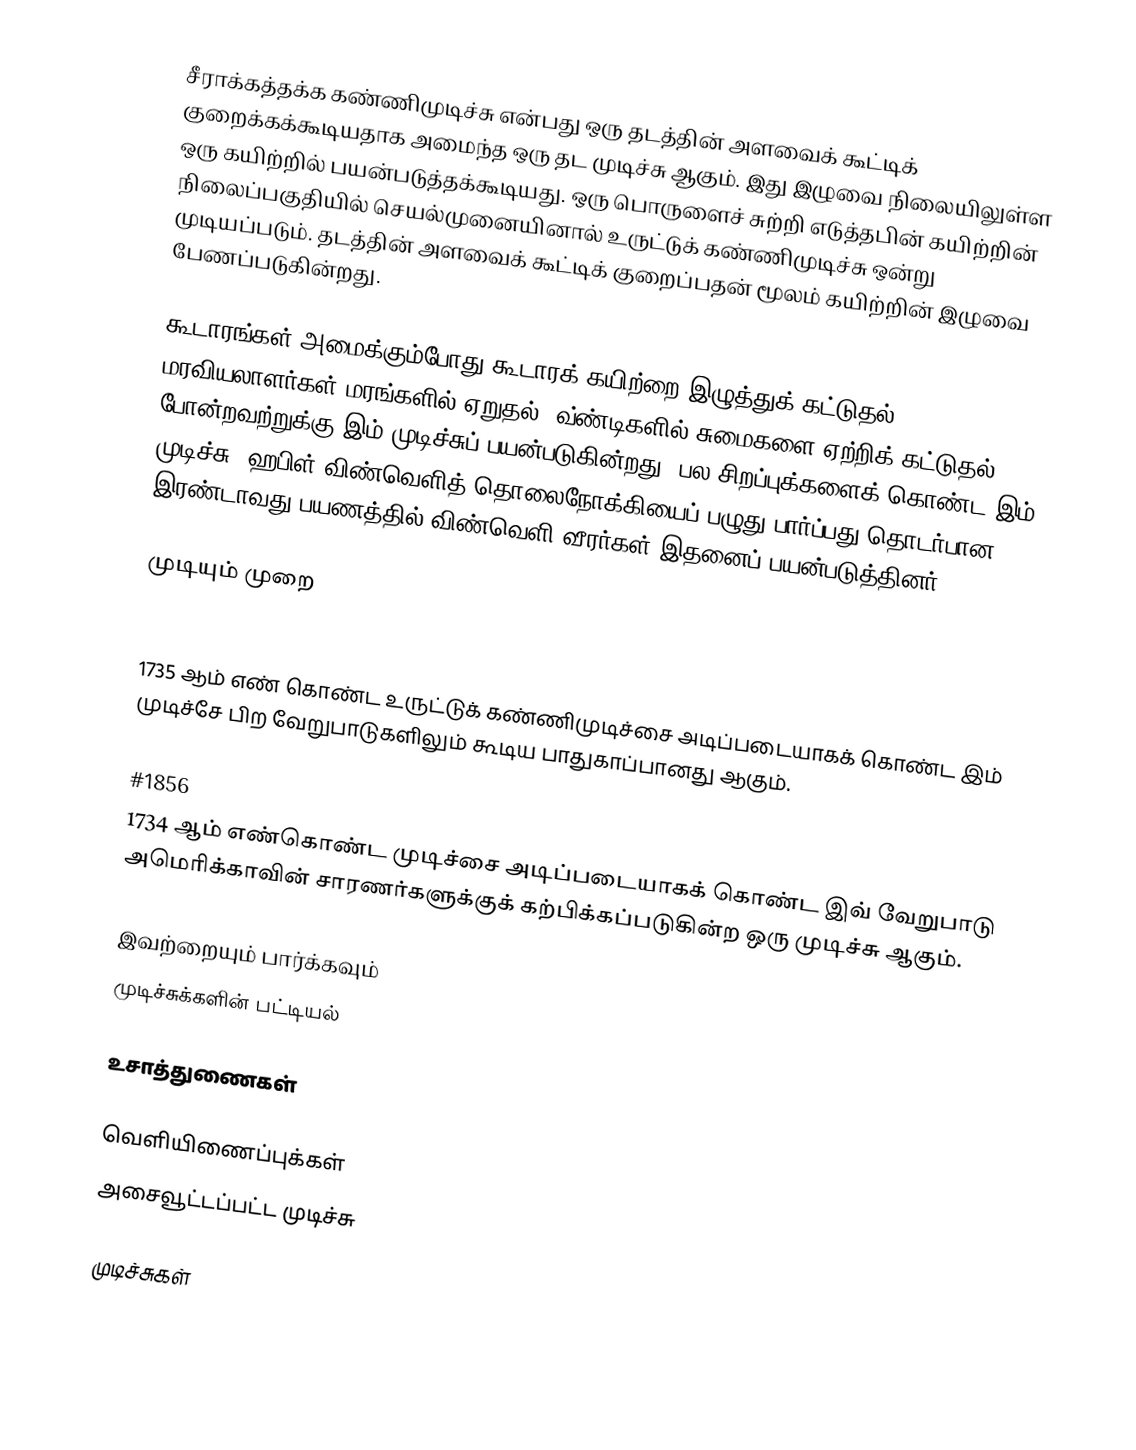
சீராக்கத்தக்க கண்ணிமுடிச்சு என்பது ஒரு தடத்தின் அளவைக் கூட்டிக் குறைக்கக்கூடியதாக அமைந்த ஒரு தட முடிச்சு ஆகும். இது இழுவை நிலையிலுள்ள ஒரு கயிற்றில் பயன்படுத்தக்கூடியது. ஒரு பொருளைச் சுற்றி எடுத்தபின் கயிற்றின் நிலைப்பகுதியில் செயல்முனையினால் உருட்டுக் கண்ணிமுடிச்சு ஒன்று முடியப்படும். தடத்தின் அளவைக் கூட்டிக் குறைப்பதன் மூலம் கயிற்றின் இழுவை பேணப்படுகின்றது.

கூடாரங்கள் அமைக்கும்போது கூடாரக் கயிற்றை இழுத்துக் கட்டுதல், மரவியலாளர்கள் மரங்களில் ஏறுதல், வ்ண்டிகளில் சுமைகளை ஏற்றிக் கட்டுதல் போன்றவற்றுக்கு இம் முடிச்சுப் பயன்படுகின்றது. பல சிறப்புக்களைக் கொண்ட இம் முடிச்சு, ஹபிள் விண்வெளித் தொலைநோக்கியைப் பழுது பார்ப்பது தொடர்பான இரண்டாவது பயணத்தில் விண்வெளி வீரர்கள் இதனைப் பயன்படுத்தினர்.

முடியும் முறை

#1855
1735 ஆம் எண் கொண்ட உருட்டுக் கண்ணிமுடிச்சை அடிப்படையாகக் கொண்ட இம் முடிச்சே பிற வேறுபாடுகளிலும் கூடிய பாதுகாப்பானது ஆகும்.

#1856
1734 ஆம் எண்கொண்ட முடிச்சை அடிப்படையாகக் கொண்ட இவ் வேறுபாடு அமெரிக்காவின் சாரணர்களுக்குக் கற்பிக்கப்படுகின்ற ஒரு முடிச்சு ஆகும்.

இவற்றையும் பார்க்கவும்
 முடிச்சுக்களின் பட்டியல்

உசாத்துணைகள்

வெளியிணைப்புக்கள்
அசைவூட்டப்பட்ட முடிச்சு

முடிச்சுகள்